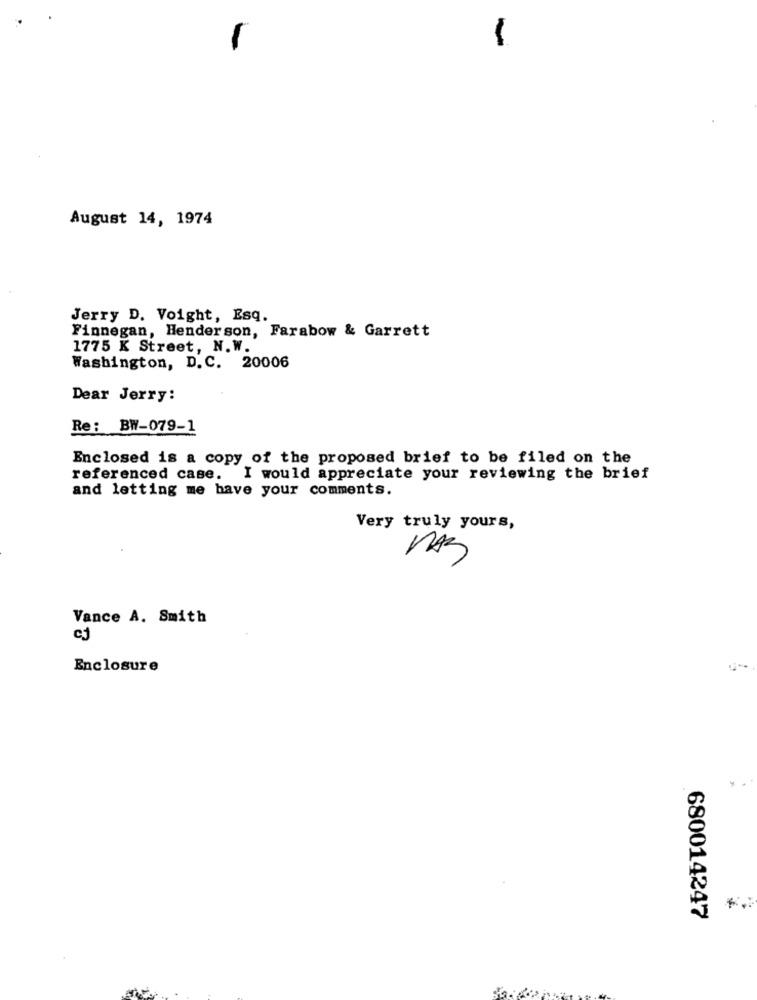
August 14, 1974
Jerry D. Voight, Esq.
Finnegan, Henderson, Farabow & Garrett
1775 K Street, N.W.
Washington, D. C. 20006
Dear Jerry:
Re: BW-079-1
Enclosed is a copy of the proposed brief to be filed on the
referenced case.
I would appreciate your reviewing the brief
and letting me have your comments.
Very truly yours,
Vance A. Smith
Enclosure
680014247